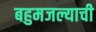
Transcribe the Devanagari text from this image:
बहुमजल्याची